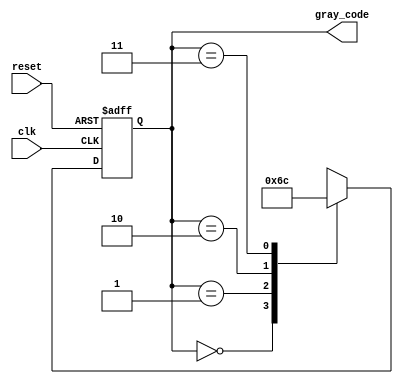
module gray_code_generator (
    input wire clk,        // Clock signal
    input wire reset,      // Reset signal
    output reg [1:0] gray_code // 2-bit Gray code output
);

// State encoding
localparam STATE_00 = 2'b00; // Gray code: 00
localparam STATE_01 = 2'b01; // Gray code: 01
localparam STATE_11 = 2'b10; // Gray code: 11
localparam STATE_10 = 2'b11; // Gray code: 10

// Current state variable
reg [1:0] state;

// State transition logic
always @(posedge clk or posedge reset) begin
    if (reset) begin
        state <= STATE_00; // Reset to State 00
    end else begin
        case (state)
            STATE_00: state <= STATE_01; // Transition from 00 to 01
            STATE_01: state <= STATE_11; // Transition from 01 to 11
            STATE_11: state <= STATE_10; // Transition from 11 to 10
            STATE_10: state <= STATE_00; // Transition from 10 to 00
            default: state <= STATE_00;   // Default case (should not occur)
        endcase
    end
end

// Output logic
always @(state) begin
    gray_code = state; // Output the current state as Gray code
end

endmodule